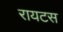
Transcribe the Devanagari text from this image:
रायटस